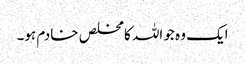
ایک وہ جو اللہ کا مخلص خادم ہو۔